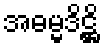
အဓမ္မဒိဋ္ဌိ